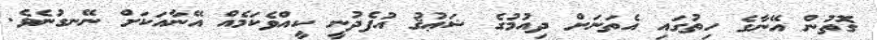
ގޮތުން އޭނާގެ ހިތުގައި އެތަނަށް ދިއުމުގެ ޝަޢުޤު އުފެދުނީ ކީއްވެކަމެއް އޭނާއަކަށް ނޭނގުނެވެ.